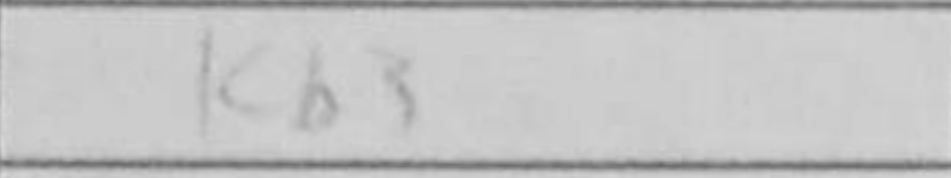
Transcription: Kb3